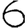
Digit: 6